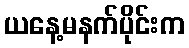
ယနေ့မနက်ပိုင်းက